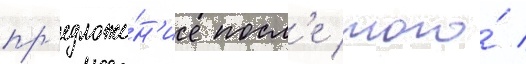
пр'едложе́н'ие посл'е того́ /